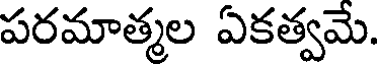
పరమాత్మల ఏకత్వమే.